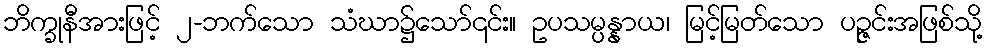
ဘိက္ခုနီအားဖြင့် ၂-ဘက်သော သံဃာ၌သော်၎င်း။ ဥပသမ္ပန္နာယ၊ မြင့်မြတ်သော ပဉ္ဇင်းအဖြစ်သို့